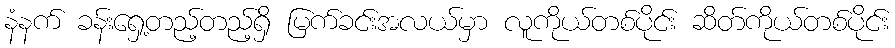
နံနက် ခန်းရှေ့တည့်တည့်ရှိ မြက်ခင်းအလယ်မှာ လူကိုယ်တစ်ပိုင်း ဆိတ်ကိုယ်တစ်ပိုင်း